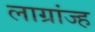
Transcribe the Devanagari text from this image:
लाग्रांज्ह